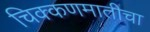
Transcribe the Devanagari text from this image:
चिक्कणमातीचा